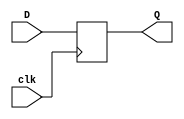
module ttl74273(Q, D, clk);
    output [7:0] Q;
    input [7:0] D;
    input clk;
    reg [7:0] Q = 0;

    // ON 74LS273, simplified
    // timing requirements ignored
    // * data needs to be on D for 20ns before and 5ns after the pulse
    always@(posedge clk)
	#(0:18:27) Q <= D;
endmodule